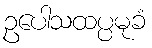
ဥပေါသထပ္ပမုခံ